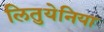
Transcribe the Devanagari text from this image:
लितुयेनिया